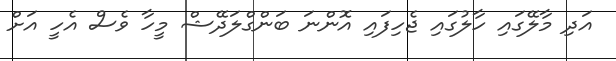
އަދި މާލޭގައި ހާލުގައި ޖެހިފައި އޮންނަ ބަންގްލަދޭޝް މީހާ ވެސް އެހީ އަށް